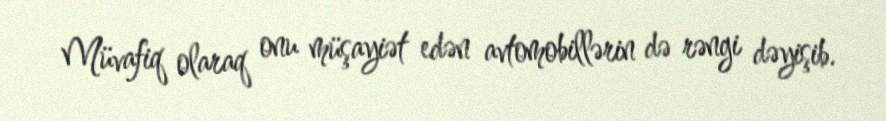
Müvafiq olaraq onu müşayiət edən avtomobillərin də rəngi dəyişib.